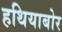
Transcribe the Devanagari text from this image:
हथियाबोर